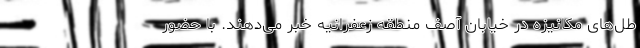
طل‌های مکانیزه در خیابان آصف منطقه زعفرانیه خبر می‌دهند. با حضور